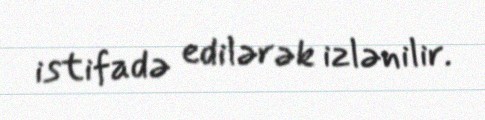
istifadə edilərək izlənilir.